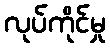
လုပ်ကိုင်မှု